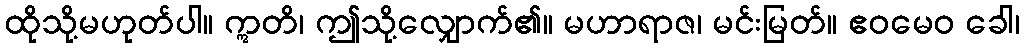
ထိုသို့မဟုတ်ပါ။ ဣတိ၊ ဤသို့လျှောက်၏။ မဟာရာဇ၊ မင်းမြတ်။ ဧဝမေဝ ခေါ၊